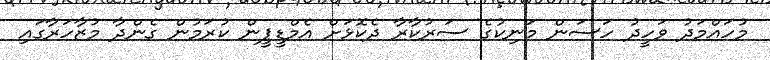
މުހައްމަދު ވަހީދު ހަސަން މަނިކުގެ ސަރުކާރާ ދެކޮޅަށް އެމްޑީޕީން ކުރަމުން ގެންދާ މުޒާހަރާގައި